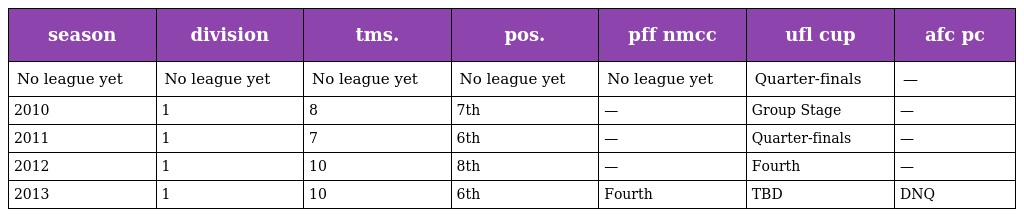
| season | division | tms. | pos. | pff nmcc | ufl cup | afc pc |
 | --- | --- | --- | --- | --- | --- | --- |
 | No league yet | No league yet | No league yet | No league yet | No league yet | Quarter-finals | — |
 | 2010 | 1 | 8 | 7th | — | Group Stage | — |
 | 2011 | 1 | 7 | 6th | — | Quarter-finals | — |
 | 2012 | 1 | 10 | 8th | — | Fourth | — |
 | 2013 | 1 | 10 | 6th | Fourth | TBD | DNQ |